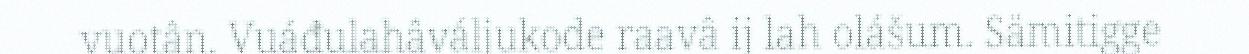
vuotân. Vuáđulahâváljukode raavâ ij lah olášum. Sämitigge